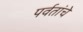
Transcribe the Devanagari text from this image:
पर्वतांचे